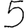
Digit: 5